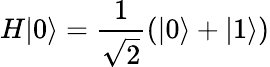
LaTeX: H|0\rangle=\frac{1}{\sqrt{2}}(|0\rangle+|1\rangle)